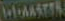
MAASTUR